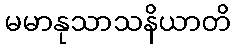
မမာနုသာသနိယာတိ